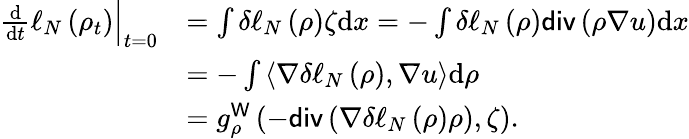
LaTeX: \begin{array}{rl}{\frac{\mathrm{d}}{\mathrm{d}t}\ell_{N}\left(\rho_{t}\right)\Big|_{t=0}}&{=\int\delta\ell_{N}\left(\rho\right)\zeta\mathrm{d}x=-\int\delta\ell_{N}\left(\rho\right)\mathsf{div}\left(\rho\nabla u\right)\mathrm{d}x}\\ &{=-\int\left\langle\nabla\delta\ell_{N}\left(\rho\right),\nabla u\right\rangle\mathrm{d}\rho}\\ &{=g_{\rho}^{\mathsf{W}}\left(-\mathsf{div}\left(\nabla\delta\ell_{N}\left(\rho\right)\rho\right),\zeta\right).}\end{array}